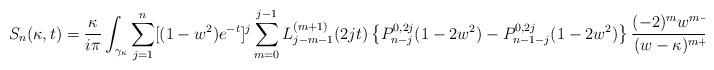
\begin{align*}S_n(\kappa,t) &= \frac{\kappa}{i\pi}\int_{\gamma_{\kappa}}\sum_{j=1}^n[(1-w^2)e^{-t}]^j \sum_{m= 0}^{j-1}L_{j-m-1}^{(m+1)}(2jt) \left\{P_{n-j}^{0,2j}(1-2w^2) - P_{n-1-j}^{0,2j}(1-2w^2)\right\}\frac{(-2)^mw^{m-1}}{(w-\kappa)^{m+1}}dw.\end{align*}